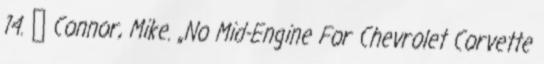
14. ↑ Connor, Mike. „No Mid-Engine For Chevrolet Corvette